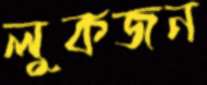
লুকজন